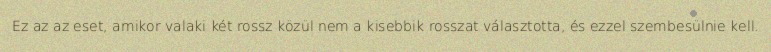
Ez az az eset, amikor valaki két rossz közül nem a kisebbik rosszat választotta, és ezzel szembesülnie kell.